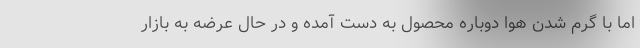
اما با گرم شدن هوا دوباره محصول به دست آمده و در حال عرضه به بازار